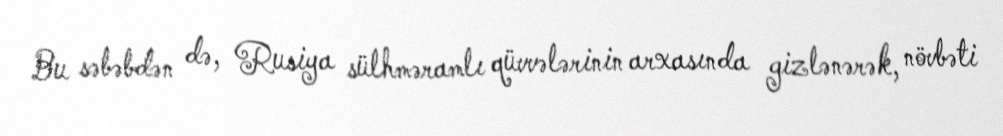
Bu səbəbdən də, Rusiya sülhməramlı qüvvələrinin arxasında gizlənərək, növbəti